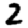
Digit: 2